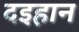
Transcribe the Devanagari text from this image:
दइहान